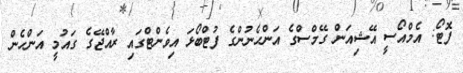
ފޮޓޯ: އެމްއޯސީ އޭޝިއަން ގޭމްސްގެ އަންހެނުންގެ ފުޓްބޯޅަ އިވެންޓްގައި ރާއްޖޭގެ ގައުމީ އަންހެން